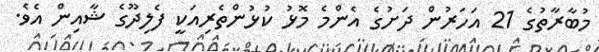
މުބާރާތުގެ 21 އަހަރުން ދަށުގެ އެންމެ މޮޅު ކުޅުންތެރިއަކީ ފެލިދޫގެ ޝާއިން އެވެ.